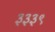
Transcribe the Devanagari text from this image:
३३३९